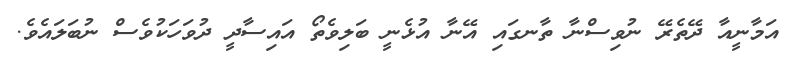
އަމާނީއާ ދޭތެރޭ ނުވިސްނާ ތާނގައި އޭނާ އުޅެނީ ބަލިވެތޯ އައިސާދީ ދުވަހަކުވެސް ނުބަލައެވެ.